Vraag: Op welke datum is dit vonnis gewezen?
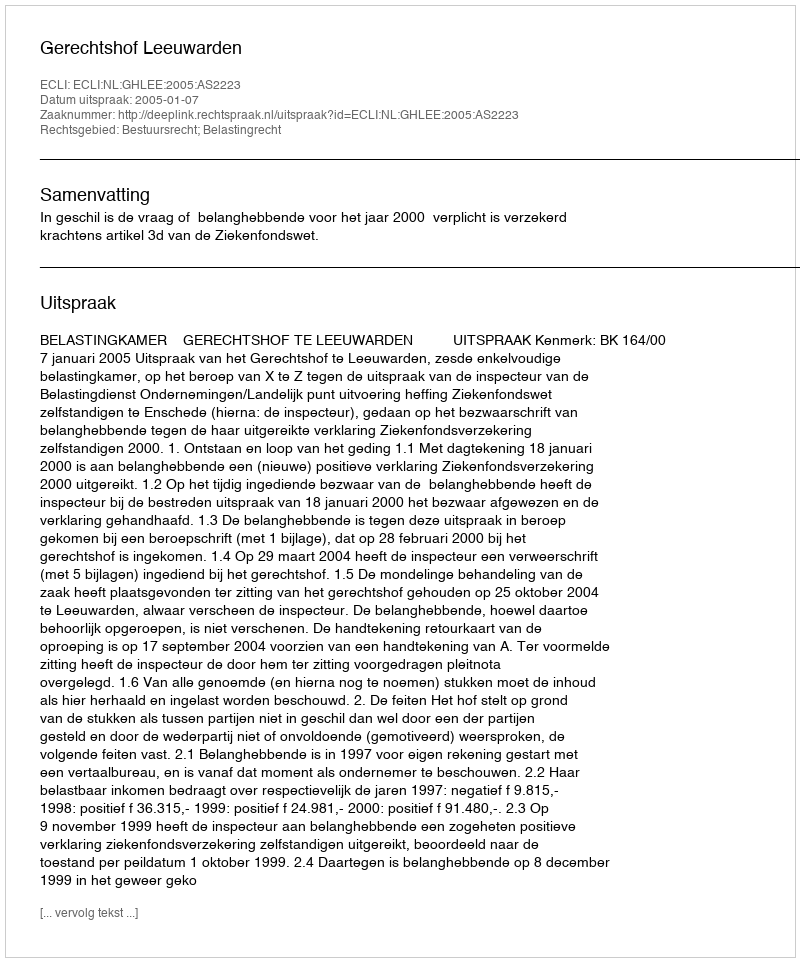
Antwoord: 2005-01-07